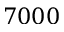
7 0 0 0